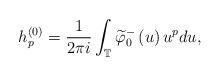
LaTeX: \begin{align*}h_{p}^{\left( 0\right) }=\frac{1}{2\pi i}\int_{\mathbb{T}}\widetilde{\varphi}_{0}^{-}\left( u\right) u^{p}du,\end{align*}